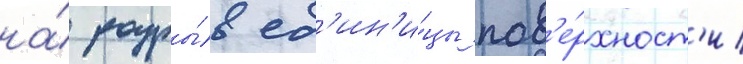
на́ разры́в ед'ин'и́цы пов'е́рхност'и